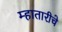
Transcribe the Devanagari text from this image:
म्हातारीचे